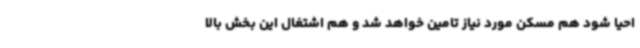
احیا شود هم مسکن مورد نیاز تامین خواهد شد و هم اشتغال این بخش بالا